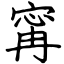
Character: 𡩋